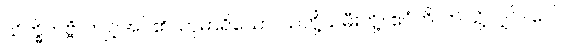
သိက္ခိတဗ္ဗံ၊ ကျင့်အပ်၏။ ကုမာရိယော၊ သတို့သမီးတို့။ ဧဝံဟိ၊ ဤသို့လျှင်။ ဝေါ၊